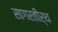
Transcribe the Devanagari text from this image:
सागरतीर्थ